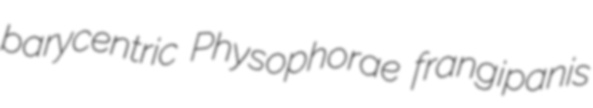
barycentric Physophorae frangipanis